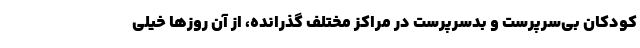
کودکان بی‌سرپرست و بدسرپرست در مراکز مختلف گذرانده، از آن روزها خیلی